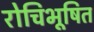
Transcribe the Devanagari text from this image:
रोचिभूषित